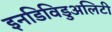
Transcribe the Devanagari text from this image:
इनडिविडुअलिटी